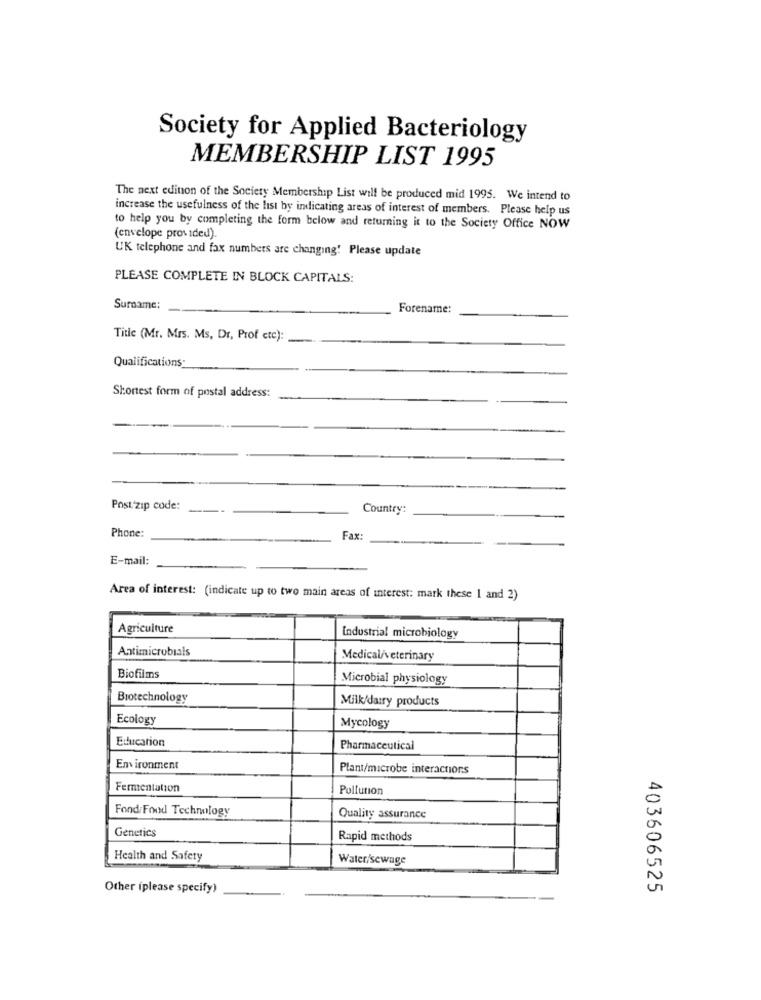
Society for Applied Bacteriology
MEMBERSHIP LIST 1995
The next edition of the Society Membership List will be produced mid 1995. We intend to
increase the usefulness of the list by indicating areas of interest of members. Please help us
to help you by completing the form below and returning it to the Society Office NOW
(envelope provided).
UK telephone and fax numbers are changing! Please update
PLEASE COMPLETE IN BLOCK CAPITALS:
Surname:
Forename:
Title (Mr. Mrs. Ms, Dr, Prof etc):
-
Qualifications;
Shortest form of postal address:
Post zip code:
-
Country:
Phone:
Fax:
E-mail:
Area of interest: (indicate up to two main areas of interest: mark these 1 and 2)
Agriculture
Industrial microbiology
Antimicrobials
Medical/veterinary
Biofilms
Microbial physiology
Biotechnology
Milk/dairy products
Ecology
Mycology
Education
Pharmaceutical
Environment
Plant/microbe interactions
Fermentation
Pollution
Fond/ Food Technology
Quality assurance
Genetics
Rapid methods
Health and Safety
Water/sewage
Other (please specify)
403606525